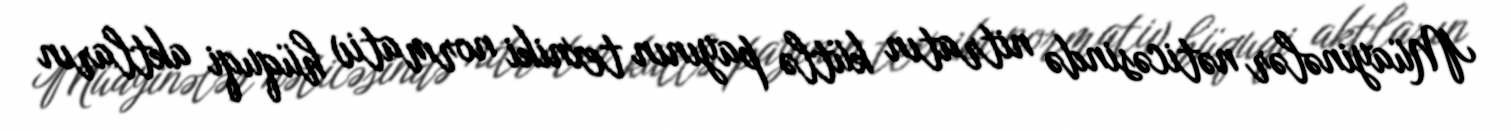
Müayinələr nəticəsində nitratın kütlə payının texniki normativ hüquqi aktların